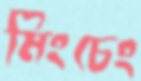
মিংচেং